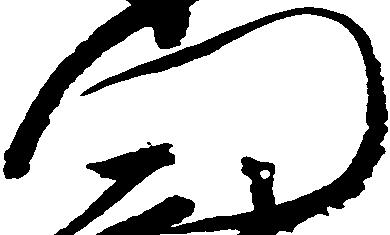
門